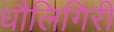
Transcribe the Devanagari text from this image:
धौलिगिरी